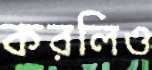
করলিও